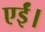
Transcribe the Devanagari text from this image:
एईं।